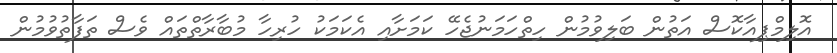
އޮލިމްޕިއާކޮސް އަތުން ބަލިވުމުން ހިތްހަމަނުޖެހޭ ކަމަށާއި އެކަމަކު ހުރިހާ މުބާރާތްތައް ވެސް ތަފާތުވުމުން